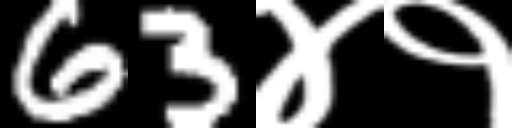
Text: 63४१